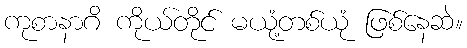
ကုစာနာဂိ ကိုယ်တိုင် မယုံ့တစ်ယုံ ဖြစ်နေဆဲ။